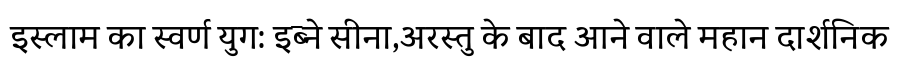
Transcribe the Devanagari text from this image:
इस्लाम का स्वर्ण युग: इब्ने सीना,अरस्तु के बाद आने वाले महान दार्शनिक